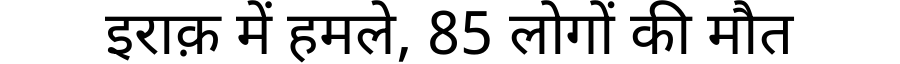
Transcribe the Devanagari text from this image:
इराक़ में हमले, 85 लोगों की मौत